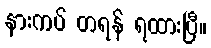
နားကပ် တရန် ရထားပြီ။